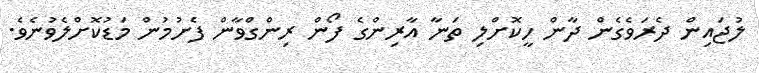
ލުޖައިން ދެރަވެގެން ދާން ހީކޮށްލި ތަނާ އާރިންގެ ފޯން ރިންގްވާން ފެށުމުން މަޑުކޮށްލެވުނެވެ.